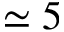
\simeq 5